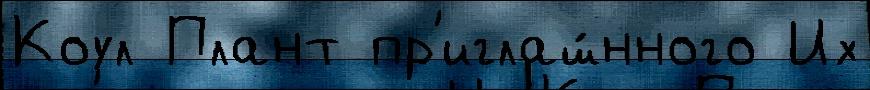
Коул Плант пр'иглаш́нного Их